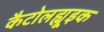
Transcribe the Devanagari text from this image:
कैटोलह्यूइक